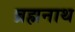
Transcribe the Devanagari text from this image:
ब्रह्मनाथ